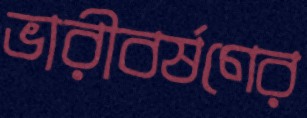
ভারীবর্ষণের